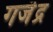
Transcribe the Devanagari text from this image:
गजॆंद्र